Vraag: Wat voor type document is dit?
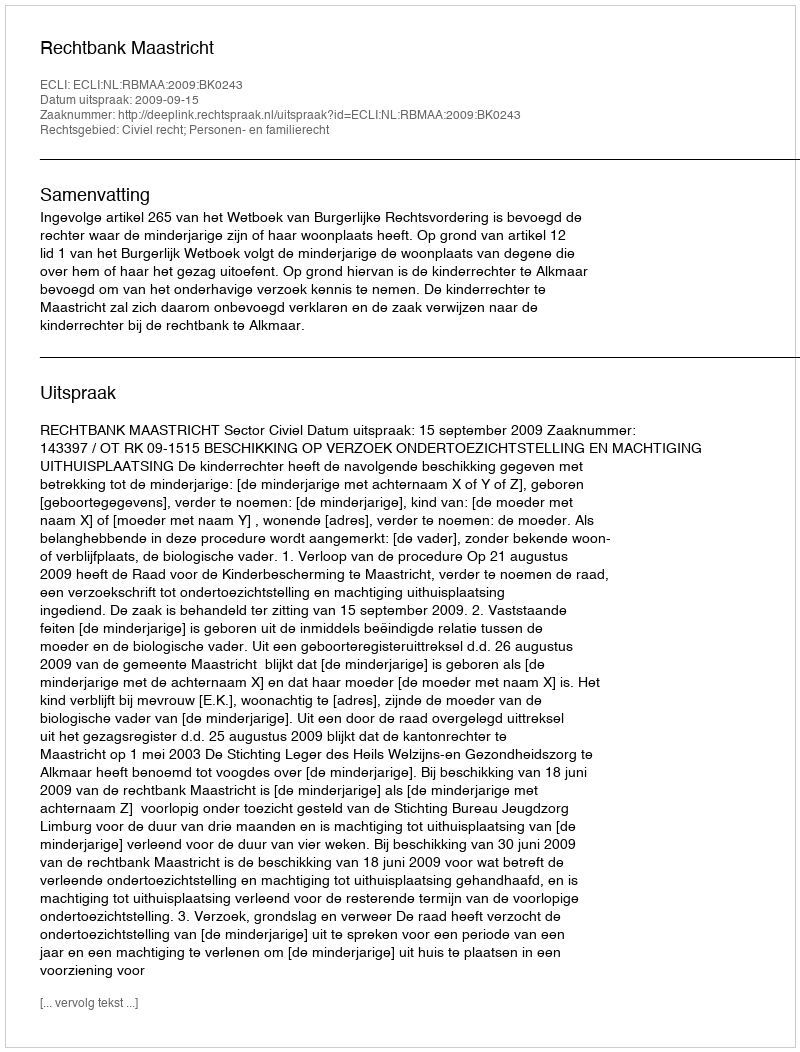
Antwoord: Uitspraak